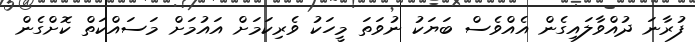
ފުރާނަ ދުއްވާލައިގެން އެއްވެސް ބަޔަކު ނުވަތަ މީހަކު ވެރިކަމަށް އައުމަށް މަސައްކަތް ކޮށްގެން